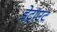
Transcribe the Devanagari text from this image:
डेट्रॉएट